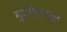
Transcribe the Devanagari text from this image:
गुणोत्तरच्या